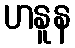
ဟနူန